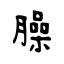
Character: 臊